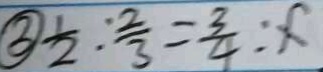
\textcircled { 3 } \frac { 1 } { 2 } : \frac { 2 } { 3 } = \frac { 3 } { 4 } : x